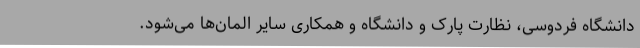
دانشگاه فردوسی، نظارت پارک و دانشگاه و همکاری سایر المان‌ها می‌شود.